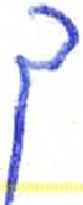
אות: ך